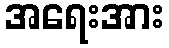
အရေးအား